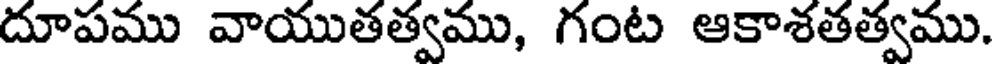
దూపము వాయుతత్వము, గంట ఆకాశతత్వము.